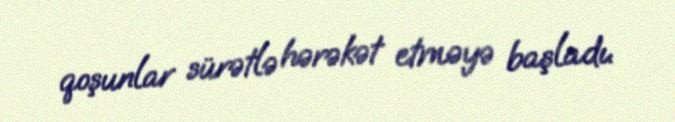
qoşunlar sürətlə hərəkət etməyə başladı.